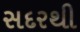
સદરથી